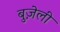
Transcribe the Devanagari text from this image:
बुज़ेली